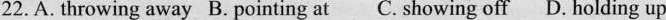
22. A. Throwing away B. Pointing at C. Showing off D. Holding up